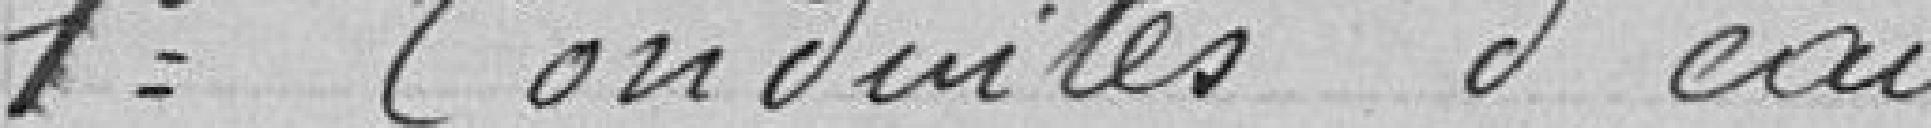
1 Conduites d'eau